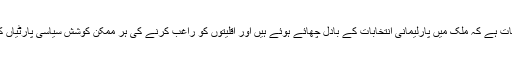
ظاہر سی بات ہے کہ ملک میں پارلیمانی انتخابات کے بادل چھائے ہوئے ہیں اور اقلیتوں کو راغب کرنے کی ہر ممکن کوشش سیاسی پارٹیاں کررہی ہیں۔